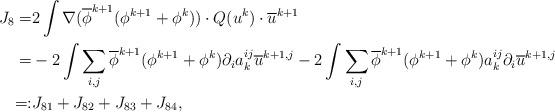
LaTeX: \begin{align*}J_8=&2\int \nabla (\overline{\phi}^{k+1}(\phi^{k+1}+\phi^k))\cdot Q(u^k) \cdot \overline{u}^{k+1}\\=&-2 \int \sum_{i,j}\overline{\phi}^{k+1} (\phi^{k+1}+\phi^k)\partial_i a^{ij}_k\overline{u}^{k+1,j}-2\int \sum_{i,j} \overline{\phi}^{k+1}(\phi^{k+1}+\phi^k) a^{ij}_k\partial_i \overline{u}^{k+1,j}\\=:& J_{81}+J_{82}+J_{83}+J_{84},\end{align*}